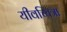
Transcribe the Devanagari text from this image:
यीवच्चित्रा